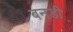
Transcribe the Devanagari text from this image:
बनडी